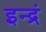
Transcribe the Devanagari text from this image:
इन्द्रं